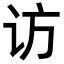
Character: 访